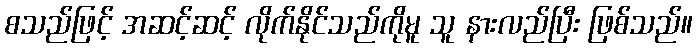
စသည်ဖြင့် အဆင့်ဆင့် လိုက်နိုင်သည်ကိုမူ သူ နားလည်ပြီး ဖြစ်သည်။